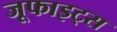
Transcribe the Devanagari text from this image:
जूफाइट्स